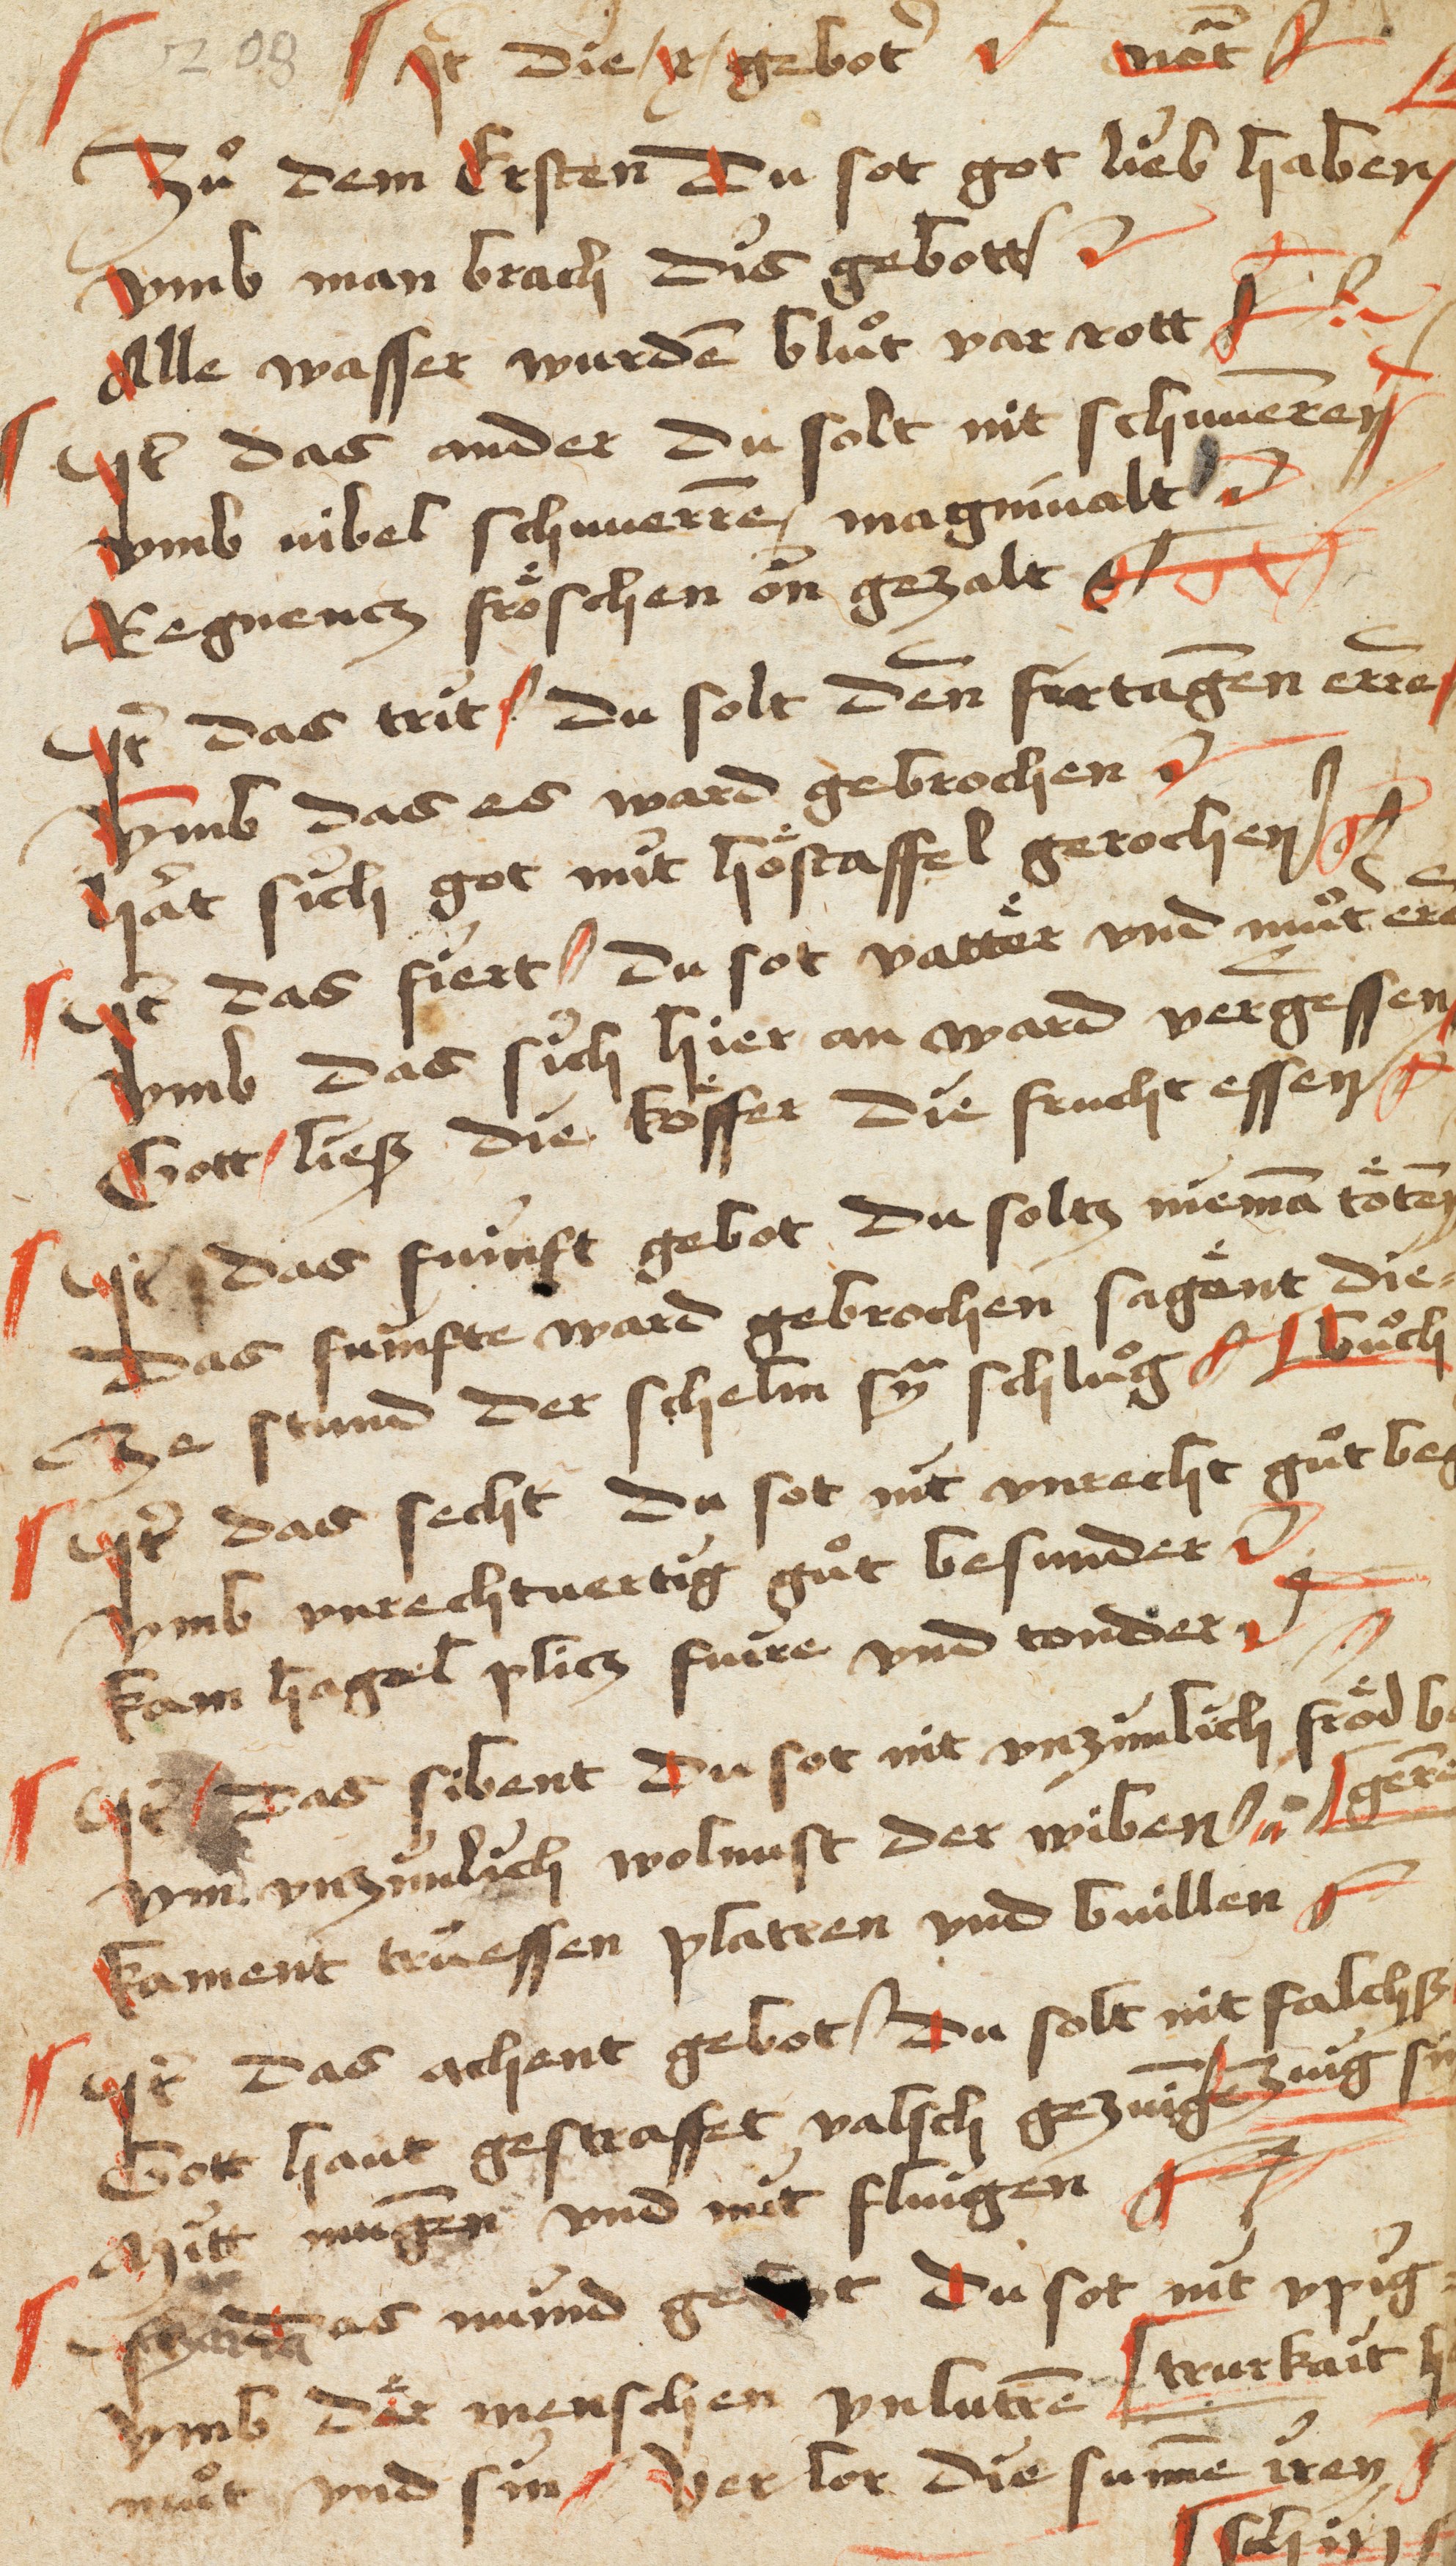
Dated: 1400–1499